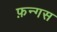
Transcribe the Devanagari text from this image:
फ़न्गस